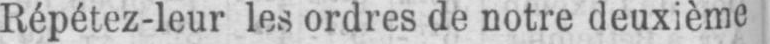
Répétez-leur les ordres de notre deuxième